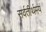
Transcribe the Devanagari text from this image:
सर्वतीर्थमयं